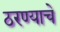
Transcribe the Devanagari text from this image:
ठरण्याचे